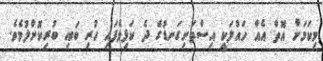
މިކަމަށް އޮތް އެއް ހައްލަކީ އިސްތަށިގަނޑުގެ ދެ ކަފިވެފައި ހުރި ބައި ބުރިކޮށްލުމެވެ.